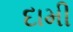
દામી